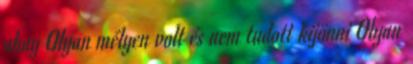
ahay Olyan mélyen volt és nem tudott kijönni Olyan